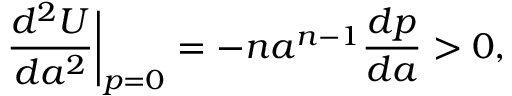
\biggl . \frac { d ^ { 2 } U } { d a ^ { 2 } } \biggr | _ { p = 0 } = - n a ^ { n - 1 } \frac { d p } { d a } > 0 ,